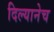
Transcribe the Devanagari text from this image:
दिल्यानेच